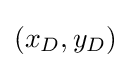
(x_{D},y_{D})